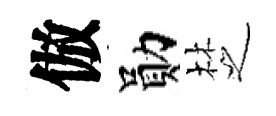
倣勛椘